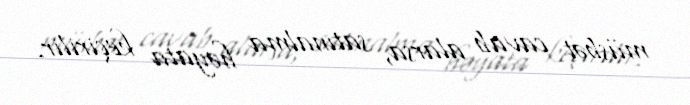
müsbət cavab alarsa, satınalma həyata keçirilir.